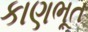
કાણભૂત